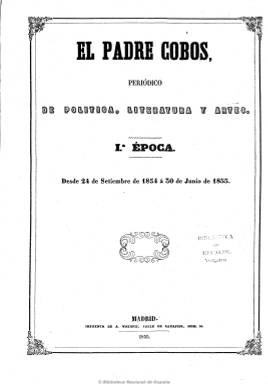
Título: El Padre Cobos (Madrid. 1854)
Colección: Revistas satíricas y humorísticas
Ámbito geográfico: Madrid
Lugar de publicación: Madrid
Fechas: 24/09/1854-30/06/1856

Una de las cosas que más llama la atención al ver este periódico es las cifras de tirada que se atribuye en la cabecera de cada número. En el primero: 100.000 ejemplares, en el segundo, 150.000, luego en los siguientes sube solo a 150.001, hasta que en el número 11 dice tirar 300.002 y medio. Todo es pura guasa que da el tono humorístico y satírico de esta publicación, que llegó a ser muy popular aunque no fueran ciertas sus infladas cifras de difusión.

  Con periodicidad semanal (salía los domingos), empezó subtitulándose ‘Periódico de Literatura y Artes’ para poco después incorporar la palabra ‘Política’ en primer lugar, coincidiendo con el debate de una nueva Constitución tras el triunfo de la revolución de 1854 que dio lugar al llamado Bienio progresista. Empezó entonces a salir cada cinco días.

 Dirigido por Cándido Nocedal, que llegaría a ser pasado el bienio el ministro de Gobernación, el talante del periódico es netamente conservador e incluso reaccionario, aunque su sátira política es suave e ingeniosa. Así, en el número de 3 de diciembre de 1854 presenta con este humor su proyecto de Constitución: ‘Considerando que en este bienaventurado país en que todo el mundo tiene derechos, sin que hasta la presente fecha sepamos quien tiene deberes… Considerando que cuantas Constituciones han sido proyectadas, inventadas, discutidas, votadas, aprobadas, promulgadas y no cumplidas, no valen dos cuartos de perejil’.

   Otra característica notable del periódico, que por lo general contaba con sólo cuatro páginas, es que no se conocía a sus redactores para evitar las represalias del Gobierno, que suspendió la publicación en varias ocasiones. Los blancos de sus ataques fueron sobre todo los hombres fuertes del momento, los generales Espartero y O’Donnell.

 Su redactor más importante fue el poeta José Selgas, aunque la prosa predomina sobre el verso en el contenido del periódico. Otros colaboradores fueron Adelardo Pérez de Ayala, los músicos Barbieri y Emilio Arrieta, Ceferino Suárez Bravo, Esteban Garrido, Francisco Navarro Villoslada, González Pedrosa y Severini. Este último era el autor de la única ilustración, la viñeta que encabezaba la portada de cada número y en que aparecía un fraile encapuchado que más parecía un bandolero.

  La sección más popular del periódico era la titulada ‘Indirectas’, que se publicaba en la última página, aunque a veces empezaba en la penúltima. Eran críticas con humor irónico y mordaz dirigidas al Gobierno y a sus ministros. Este es un ejemplo del número de 10 de marzo de 1855:

‘Al saber las conspiraciones de Cuba, el Gobierno ha tomado una actitud imponente, y se le han ocurrido estas ideas luminosas: 1.ª Que se denuncie a El Padre Cobos. 2.ª Que se vigile bien aquel rincón de la península. 3.ª Que se tiña de blanco a los negros, para ver claro en esta cuestión’.

   El personaje del Padre Cobos y sus indirectas son proverbiales y tuvieron su reflejo en la época en una fábula del dramaturgo Juan Eugenio Hartzenbusch, que retrató a un fraile lego que no se recataba en llamar las cosas por su nombre y cantarles las verdades a la gente, verdades que solía decir de forma ruda y sin miramientos.

    El último número del periódico es de julio de 1856, coincidiendo con la desaparición de Espartero de la escena política y el golpe de Estado del general O’Donnell, que abandona entonces sus veleidades progresistas.

   Con la misma intención y los redactores supervivientes, el Padre Cobos volvió a salir en 1869 tras el destronamiento de la reina Isabel II, pero su trayectoria fue efímera. El clima político era ya otro.

   Más información sobre este periódico puede encontrarse en la página web Humoristán, museo digital del humor gráfico.

Algunas imágenes cedidas por TECNODOC.

[Descripción publicada el 13/07/2020]